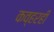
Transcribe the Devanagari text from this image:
कव्हरही